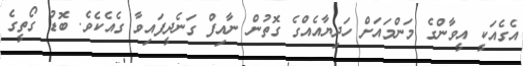
އެގެއަކީ އީވާންގެ މަންމައަށް ހަދިޔާއެއްގެ ގޮތުން ނާއިފް ގަނެދީފައިވާ ގެއެކެވެ. ބޮޑު ގޯތީގެ